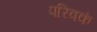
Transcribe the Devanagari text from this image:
परिवकं